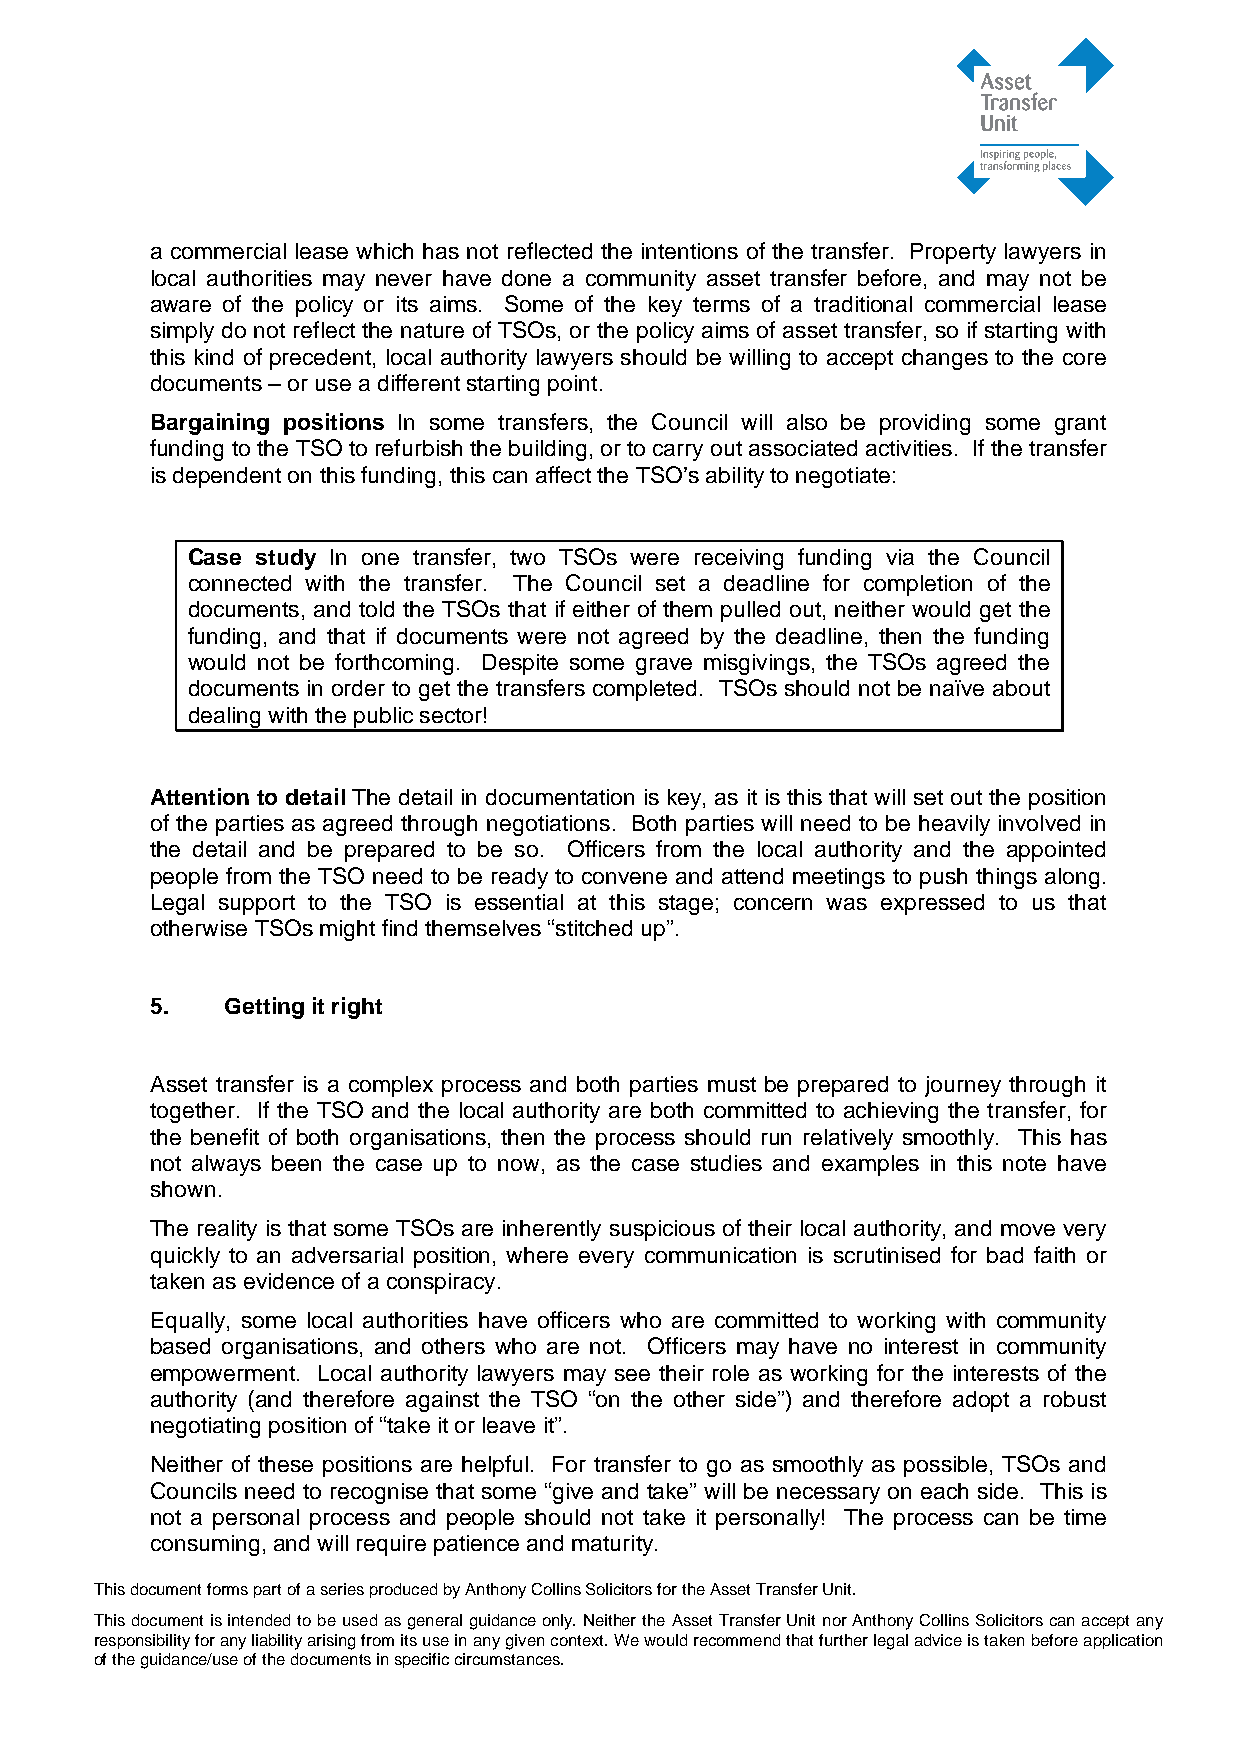
a commercial lease which has not reflected the intentions of the transfer. Property lawyers in
 local authorities may never have done a community asset transfer before, and may not be
 aware of the policy or its aims. Some of the key terms of a traditional commercial lease
 simply do not reflect the nature of TSOs, or the policy aims of asset transfer, so if starting with
 this kind of precedent, local authority lawyers should be willing to accept changes to the core
 documents – or use a different starting point.
 Bargaining positions In some transfers, the Council will also be providing some grant
 funding to the TSO to refurbish the building, or to carry out associated activities. If the transfer
 is dependent on this funding, this can affect the TSO’s ability to negotiate:
 Case study In one transfer, two TSOs were receiving funding via the Council
 connected with the transfer. The Council set a deadline for completion of the
 documents, and told the TSOs that if either of them pulled out, neither would get the
 funding, and that if documents were not agreed by the deadline, then the funding
 would not be forthcoming. Despite some grave misgivings, the TSOs agreed the
 documents in order to get the transfers completed. TSOs should not be naïve about
 dealing with the public sector!
 Attention to detail The detail in documentation is key, as it is this that will set out the position
 of the parties as agreed through negotiations. Both parties will need to be heavily involved in
 the detail and be prepared to be so. Officers from the local authority and the appointed
 people from the TSO need to be ready to convene and attend meetings to push things along.
 Legal support to the TSO is essential at this stage; concern was expressed to us that
 otherwise TSOs might find themselves “stitched up”.
 5.   Getting it right
 Asset transfer is a complex process and both parties must be prepared to journey through it
 together. If the TSO and the local authority are both committed to achieving the transfer, for
 the benefit of both organisations, then the process should run relatively smoothly. This has
 not always been the case up to now, as the case studies and examples in this note have
 shown.
 The reality is that some TSOs are inherently suspicious of their local authority, and move very
 quickly to an adversarial position, where every communication is scrutinised for bad faith or
 taken as evidence of a conspiracy.
 Equally, some local authorities have officers who are committed to working with community
 based organisations, and others who are not. Officers may have no interest in community
 empowerment. Local authority lawyers may see their role as working for the interests of the
 authority (and therefore against the TSO “on the other side”) and therefore adopt a robust
 negotiating position of “take it or leave it”.
 Neither of these positions are helpful. For transfer to go as smoothly as possible, TSOs and
 Councils need to recognise that some “give and take” will be necessary on each side. This is
 not a personal process and people should not take it personally! The process can be time
 consuming, and will require patience and maturity.
 This document forms part of a series produced by Anthony Collins Solicitors for the Asset Transfer Unit.
 This document is intended to be used as general guidance only. Neither the Asset Transfer Unit nor Anthony Collins Solicitors can accept any
 responsibility for any liability arising from its use in any given context. We would recommend that further legal advice is taken before application
 of the guidance/use of the documents in specific circumstances.